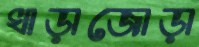
খাড়াজোড়া